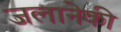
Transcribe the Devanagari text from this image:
जलानेकी